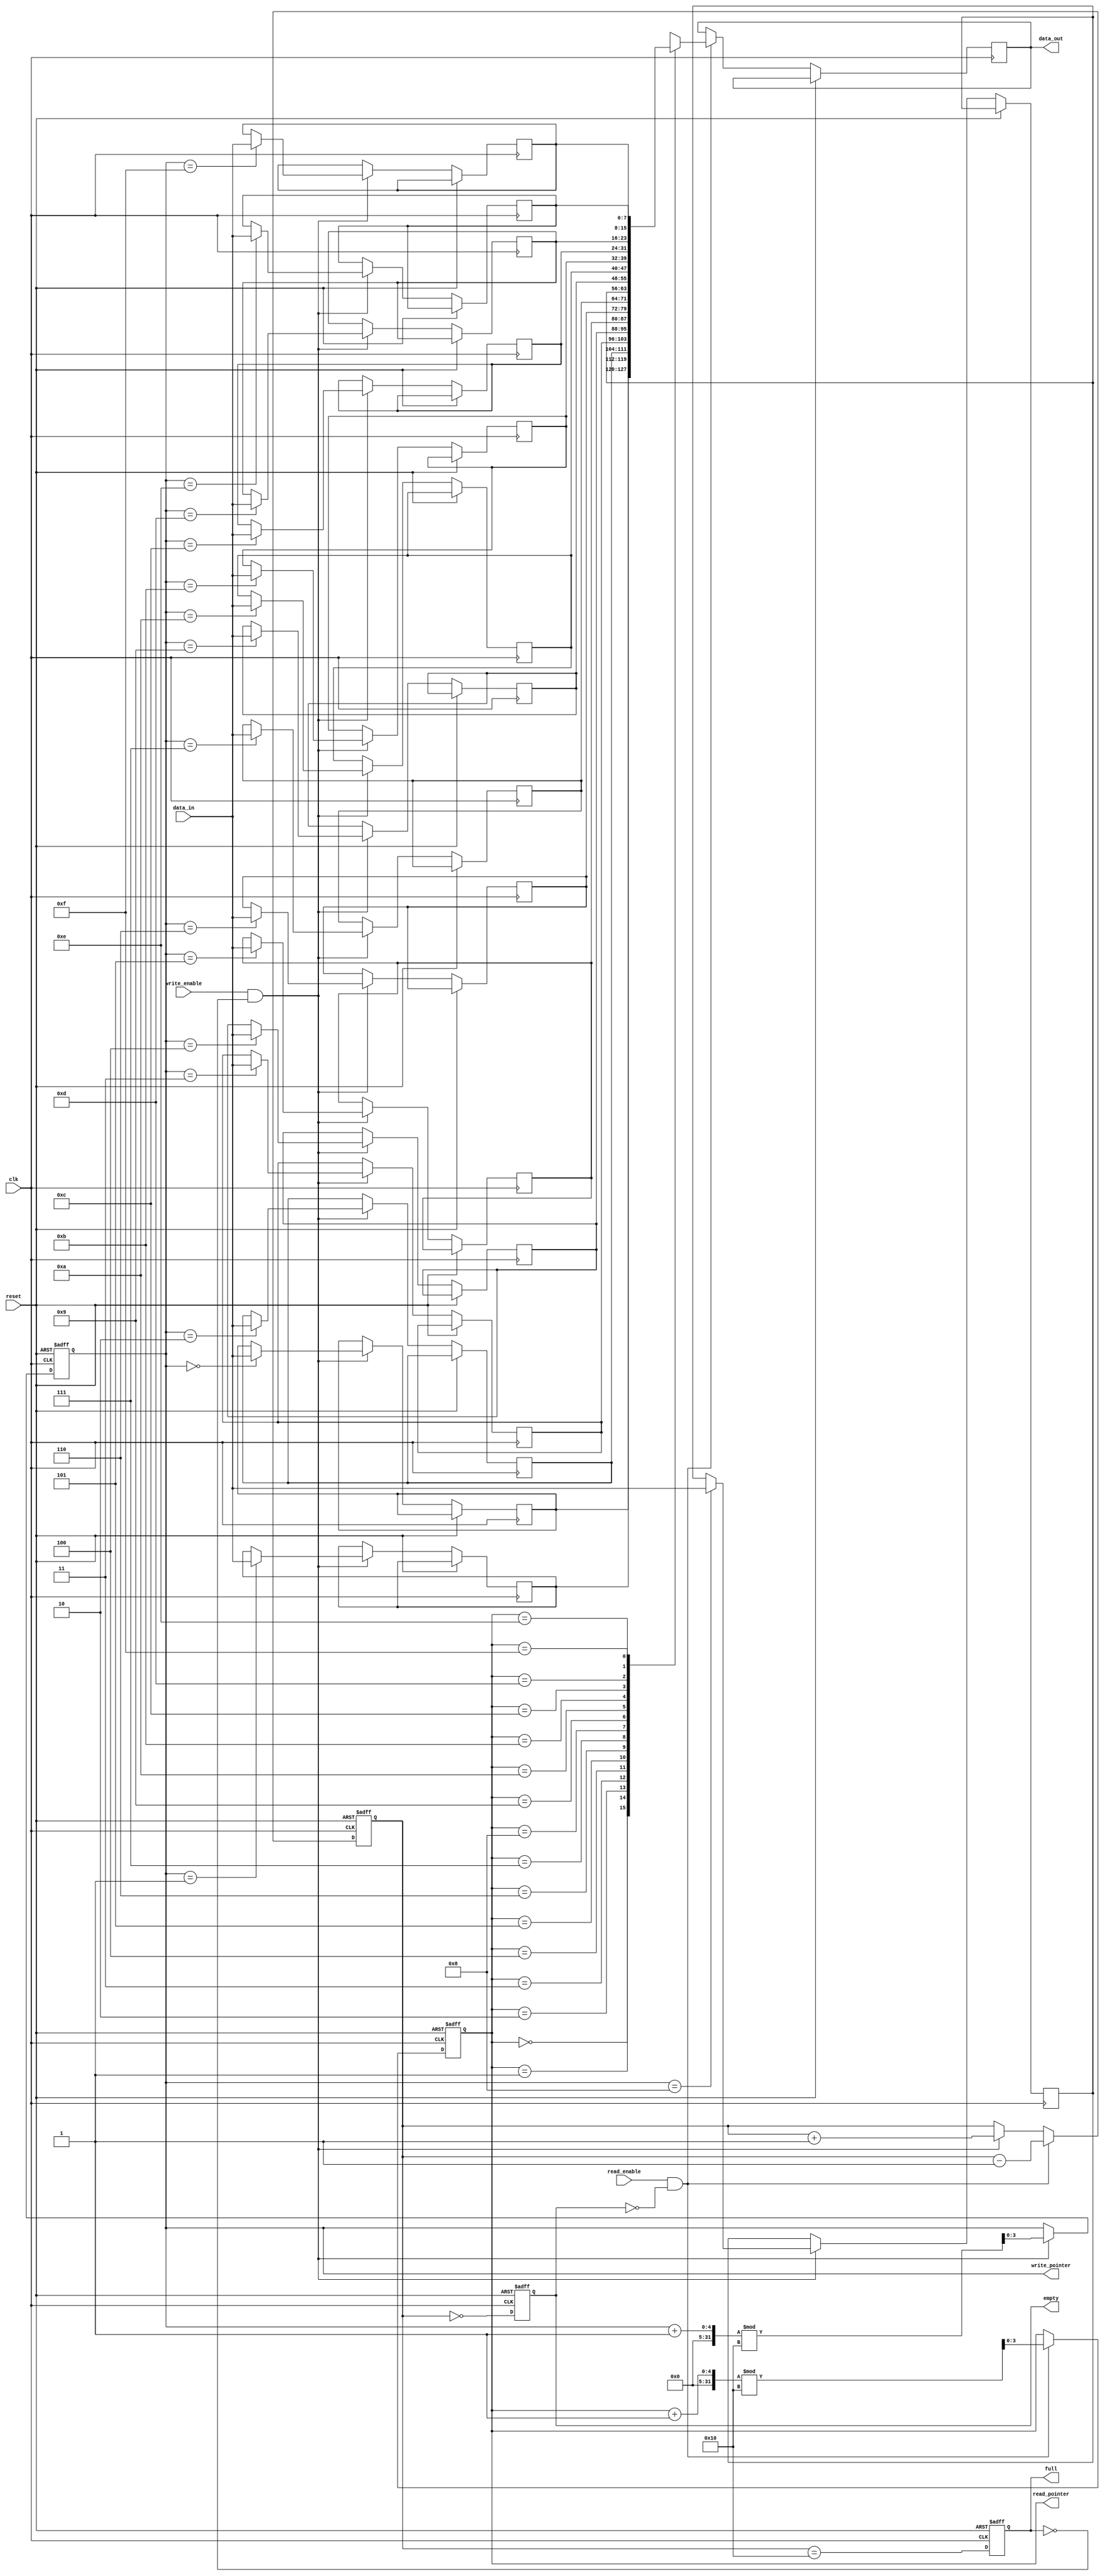
module parameterized_fifo #(
    parameter DATA_WIDTH = 8,        // Width of the data bus
    parameter FIFO_DEPTH = 16         // Total number of entries in the FIFO
) (
    input wire clk,                   // Clock signal
    input wire reset,                 // Active-high reset signal
    input wire [DATA_WIDTH-1:0] data_in, // Input data bus
    input wire write_enable,          // Write enable signal
    input wire read_enable,           // Read enable signal
    output reg [DATA_WIDTH-1:0] data_out, // Output data bus
    output reg full,                  // FIFO full status
    output reg empty,                 // FIFO empty status
    output reg [$clog2(FIFO_DEPTH)-1:0] write_pointer, // Current write index
    output reg [$clog2(FIFO_DEPTH)-1:0] read_pointer   // Current read index
);

    // Internal memory array
    reg [DATA_WIDTH-1:0] fifo_mem [0:FIFO_DEPTH-1];
    reg [$clog2(FIFO_DEPTH):0] item_count; // Count of items in FIFO

    // Reset logic
    always @(posedge clk or posedge reset) begin
        if (reset) begin
            write_pointer <= 0;
            read_pointer <= 0;
            item_count <= 0;
            full <= 0;
            empty <= 1;
        end else begin
            // Write operation
            if (write_enable && !full) begin
                fifo_mem[write_pointer] <= data_in;
                write_pointer <= (write_pointer + 1) % FIFO_DEPTH;
                item_count <= item_count + 1;
            end

            // Read operation
            if (read_enable && !empty) begin
                data_out <= fifo_mem[read_pointer];
                read_pointer <= (read_pointer + 1) % FIFO_DEPTH;
                item_count <= item_count - 1;
            end

            // Update full and empty status
            full <= (item_count == FIFO_DEPTH);
            empty <= (item_count == 0);
        end
    end

endmodule